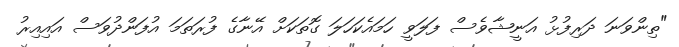
"ތިންވަނަ ދަރިފުޅު އަނީޝާވެސް ފަލަވީ ހަމައެކަހަލަ ގޮތަކަށް އޭނާގެ ފުރަތަމަ އުފަންދުވަސް އައިއިރު